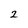
Character: 2